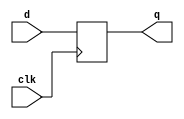
`timescale 1ns / 1ps
//////////////////////////////////////////////////////////////////////////////////
// Company: 
// Engineer: 
// 
// Design Name: 
// Module Name: flop
// Project Name: 
// Target Devices: 
// Tool Versions: 
// Description: D
// 
// Dependencies: 
// 
// Revision:
// Revision 0.01 - File Created
// Additional Comments:
// 
//////////////////////////////////////////////////////////////////////////////////


module flop #(parameter WIDTH=32)(
    input clk,
    input [WIDTH-1:0] d,
    output reg [WIDTH-1:0] q);

    always @(posedge clk)
        q<=d;
endmodule